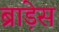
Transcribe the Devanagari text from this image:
ब्राड़ेस